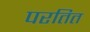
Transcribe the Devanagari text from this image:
परतित